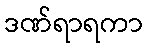
ဒဏ်ရာရကာ